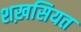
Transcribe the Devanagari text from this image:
शख़सियत